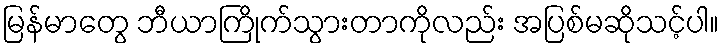
မြန်မာတွေ ဘီယာကြိုက်သွားတာကိုလည်း အပြစ်မဆိုသင့်ပါ။